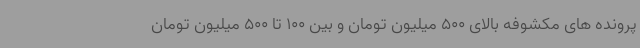
پرونده های مکشوفه بالای 500 میلیون تومان و بین 100 تا 500 میلیون تومان